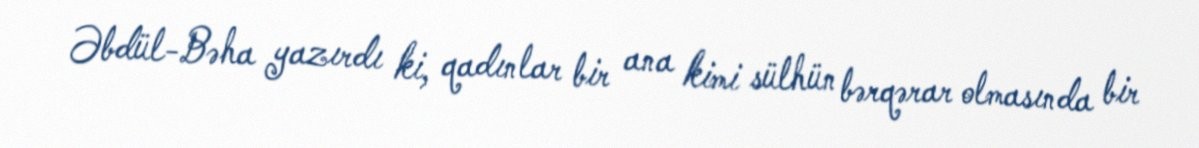
Əbdül-Bəha yazırdı ki, qadınlar bir ana kimi sülhün bərqərar olmasında bir